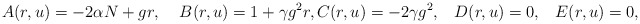
\begin{align*}A(r,u) = - 2\alpha N + g r, \; \; \; \; B(r,u) = 1 + \gamma g^{2} r, C(r,u) = - 2 \gamma g^{2}, \; \; \; D(r,u) = 0, \; \; \; E(r,u)=0, \end{align*}